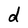
Character: d